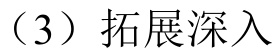
（3）拓展深入